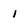
Character: 1